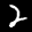
Label: 2